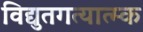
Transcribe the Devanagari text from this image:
विद्युतगत्यात्म्क